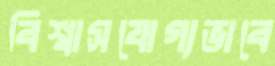
বিশ্বাসযোগ্যভাবে